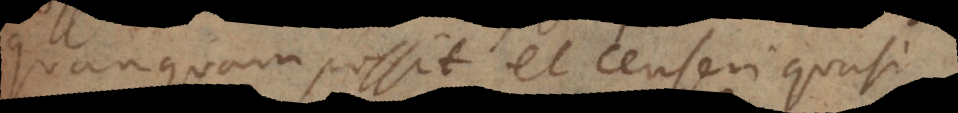
quanquam possit et censeri quasi